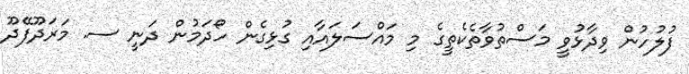
ފުލުހުން ވިދާޅުވީ މަސްތުވާތެކެތީގެ މި މައްސަލައާއި ގުޅިގެން ހޯދަމުން ދަނީ ސ. މަރަދޫފޭދޫ